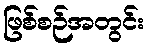
ဖြစ်စဉ်အတွင်း